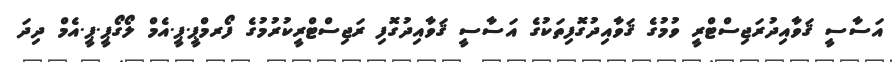
އަސާސީ ޤަވާއިދުރަޖިސްޓްރީ ވުމުގެ ޤަވާއިދުގޮފިތަކުގެ އަސާސީ ޤަވާއިދުގޮފި ރަޖިސްޓްރީކުރުމުގެ ފޯރމްޕީ.ޕީ.އެމް ލޯގޯޕީ.ޕީ.އެމް ދިދަ